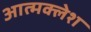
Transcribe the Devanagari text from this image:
आत्मक्लेश